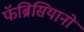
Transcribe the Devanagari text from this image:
फॅब्रिसियानो